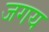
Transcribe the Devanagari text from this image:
जगय